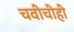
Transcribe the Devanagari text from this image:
चवीचीही